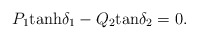
\begin{align*}P_1{\rm tanh}\delta_1 - Q_2{\rm tan}\delta_2 = 0. \end{align*}